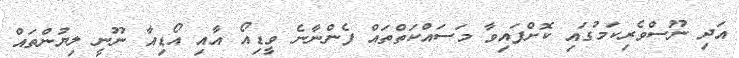
އަދި ނޫސްވެރިކަމުގައި ކޮށްފައިވާ މަސައްކަތްތައް ފެންނާނެ ވީޑިއޯ އާއި އޯޑިއާ ނޫނީ ލިޔުންތައް